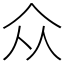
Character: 众